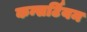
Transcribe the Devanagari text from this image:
कन्सर्टियम